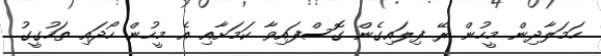
ހަމަލާދިން މީހުން ރޭ ފިލައިގެން ގޮސްފައިވާ ކަމަށާއި އެ މީހުން ހޯދައި ތަހުގީގު